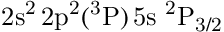
\mathrm { 2 s ^ { 2 } \, 2 p ^ { 2 } ( ^ { 3 } P ) \, 5 s ~ ^ { 2 } P _ { 3 / 2 } }